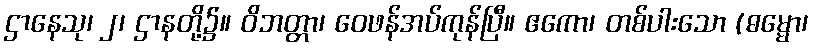
ဌာနေသု၊ ၂၊ ဌာနတို့၌။ ဝိဘတ္တာ၊ ဝေဖန်အပ်ကုန်ပြီ။ ဧကော၊ တစ်ပါးသော (ဓမ္မော၊